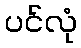
ပင်လုံ